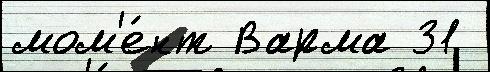
мом'е́нт Варма 31